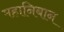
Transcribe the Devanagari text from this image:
महानिबान